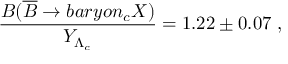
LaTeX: \frac { B ( \overline { { B } } \rightarrow b a r y o n _ { c } X ) } { Y _ { \Lambda _ { c } } } = 1 . 2 2 \pm 0 . 0 7 \; ,